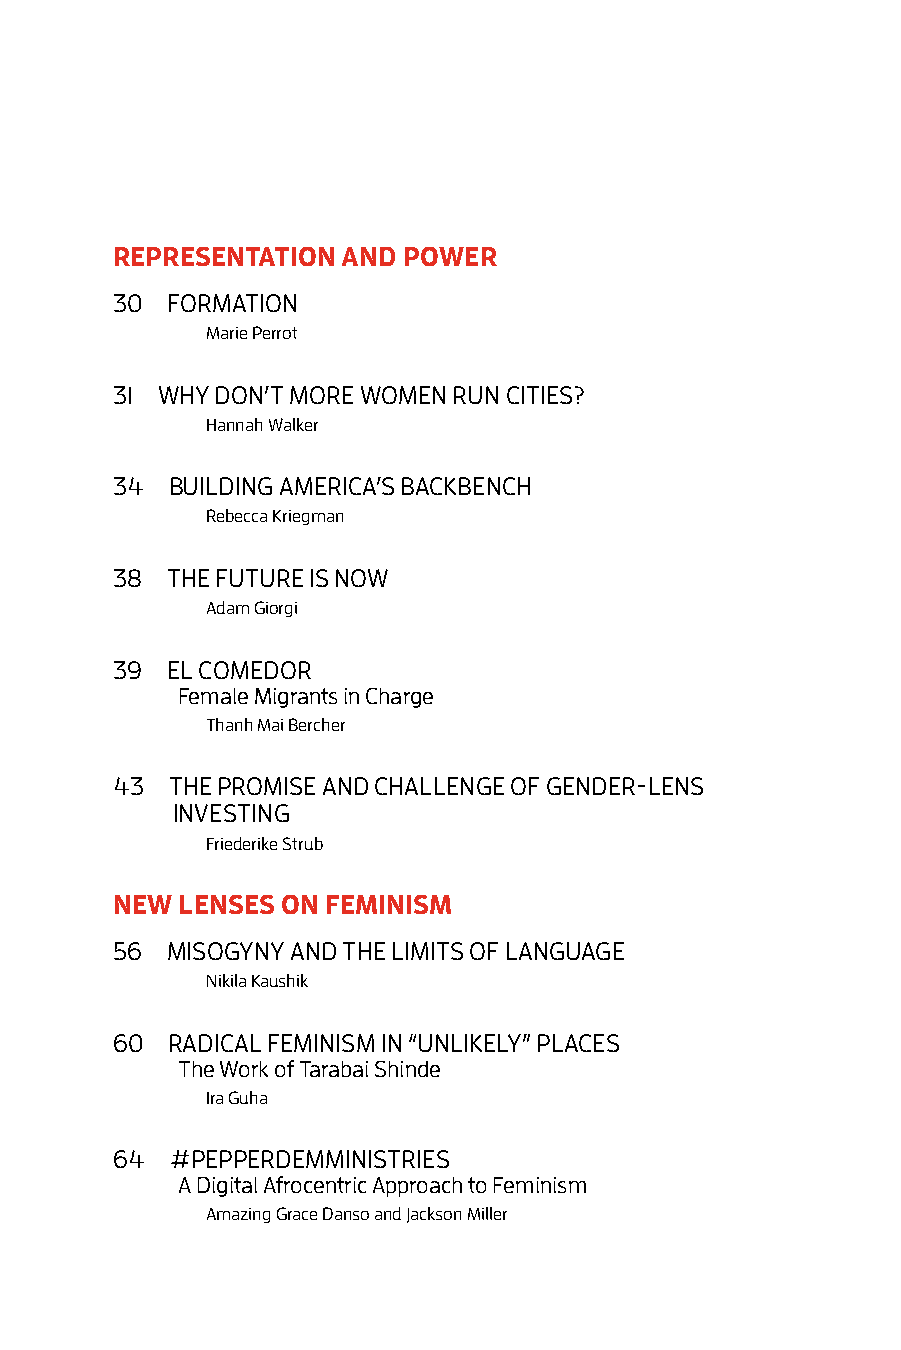
REPRESENTATION  AND POWER
 30  FORMATION
 Marie Perrot
 31 WHY DON’T MORE WOMEN RUN CITIES?
 Hannah Walker
 34  BUILDING AMERICA’S BACKBENCH
 Rebecca Kriegman
 38  THE FUTURE IS NOW
 Adam Giorgi
 39  EL COMEDOR
 Female Migrants in Charge
 Thanh Mai Bercher
 43  THE PROMISE AND CHALLENGE OF GENDER-LENS
 INVESTING
 Friederike Strub
 NEW  LENSES ON FEMINISM
 56  MISOGYNY AND THE LIMITS OF LANGUAGE
 Nikila Kaushik
 60  RADICAL FEMINISM IN “UNLIKELY” PLACES
 The Work of Tarabai Shinde
 Ira Guha
 64  #PEPPERDEMMINISTRIES
 A Digital Afrocentric Approach to Feminism
 Amazing Grace Danso and Jackson Miller